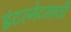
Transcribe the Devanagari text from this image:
इंटरनेटसाठी